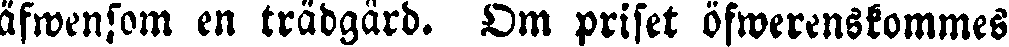
äfwensom en trädgård. Om priset öfwerenskommes